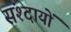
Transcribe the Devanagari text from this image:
संश्दायों